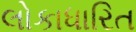
લોકાધારિત